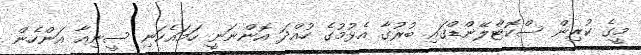
މީގެ ކުރިން ސްކޮޓްލޭންޑްގައި ބުރުގާ އެޅުމުގެ ހުއްދަ އޮންނަނީ ހަމައެކަނި ސީނިއާ އަންހެން